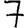
Digit: 7